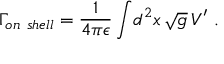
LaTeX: { \Gamma _ { o n \ s h e l l } } = { \frac { 1 } { 4 \pi \epsilon } } \int \! d ^ { 2 } x \, \sqrt { g } \, V ^ { \prime } \ .